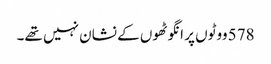
578 ووٹوں پر انگوٹھوں کے نشان نہیں تھے۔